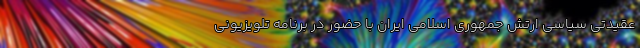
عقیدتی سیاسی ارتش جمهوری اسلامی ایران با حضور در برنامه تلویزیونی